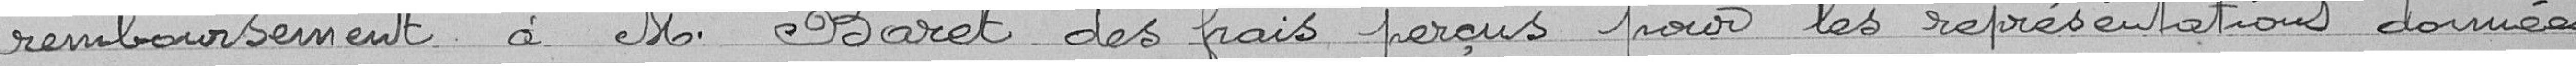
remboursement à M. Baret des frais perçus pour les représentations données